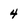
Character: 4